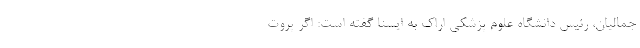
جمالیان، رئیس دانشگاه علوم پزشکی اراک به ایسنا گفته است: اگر پروت